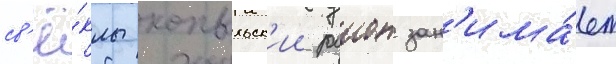
св'ё́клы копыльск'ии раион зан'има́ет